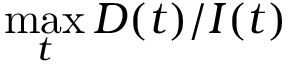
\operatorname* { m a x } _ { t } D ( t ) / I ( t )